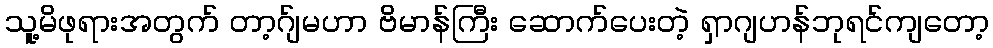
သူ့မိဖုရားအတွက် တာ့ဂ်ျမဟာ ဗိမာန်ကြီး ဆောက်ပေးတဲ့ ရှာဂျဟန်ဘုရင်ကျတော့